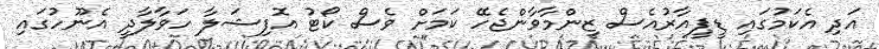
އަދި އެކަމުގައި ޑީޕީއާރުއެސް ޒިންމާވާންޖެހޭ ކަމަށް ވެސް ކޯޓު އޮފިޝަލާ ހަވާލާދީ އެނޫހުގައި